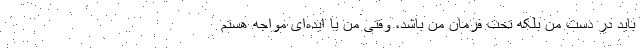
باید در دست من بلکه تحت فرمان من باشد، وقتی من با ایده‌ای مواجه هستم